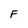
Character: F